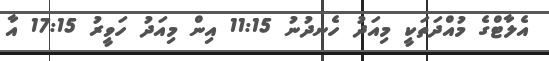
އެލާޓްގެ މުއްދަތަކީ މިއަދު ހެނދުނު 11:15 އިން މިއަދު ހަވީރު 17:15 އާ